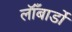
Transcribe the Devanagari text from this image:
लॉँबार्डो